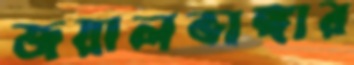
জয়ালভাঙ্গার